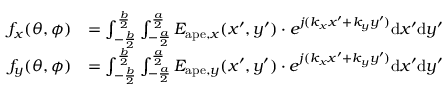
\begin{array} { r l } { f _ { x } ( \theta , \phi ) } & { = \int _ { - \frac { b } { 2 } } ^ { \frac { b } { 2 } } \int _ { - \frac { a } { 2 } } ^ { \frac { a } { 2 } } E _ { \mathrm { a p e } , x } ( x ^ { \prime } , y ^ { \prime } ) \cdot e ^ { j ( k _ { x } x ^ { \prime } + k _ { y } y ^ { \prime } ) } \mathrm { d } x ^ { \prime } \mathrm { d } y ^ { \prime } } \\ { f _ { y } ( \theta , \phi ) } & { = \int _ { - \frac { b } { 2 } } ^ { \frac { b } { 2 } } \int _ { - \frac { a } { 2 } } ^ { \frac { a } { 2 } } E _ { \mathrm { a p e } , y } ( x ^ { \prime } , y ^ { \prime } ) \cdot e ^ { j ( k _ { x } x ^ { \prime } + k _ { y } y ^ { \prime } ) } \mathrm { d } x ^ { \prime } \mathrm { d } y ^ { \prime } } \end{array}